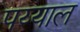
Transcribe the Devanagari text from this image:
पय्याल